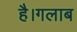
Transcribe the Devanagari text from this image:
है।गलाब